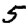
Digit: 5